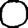
Digit: 0